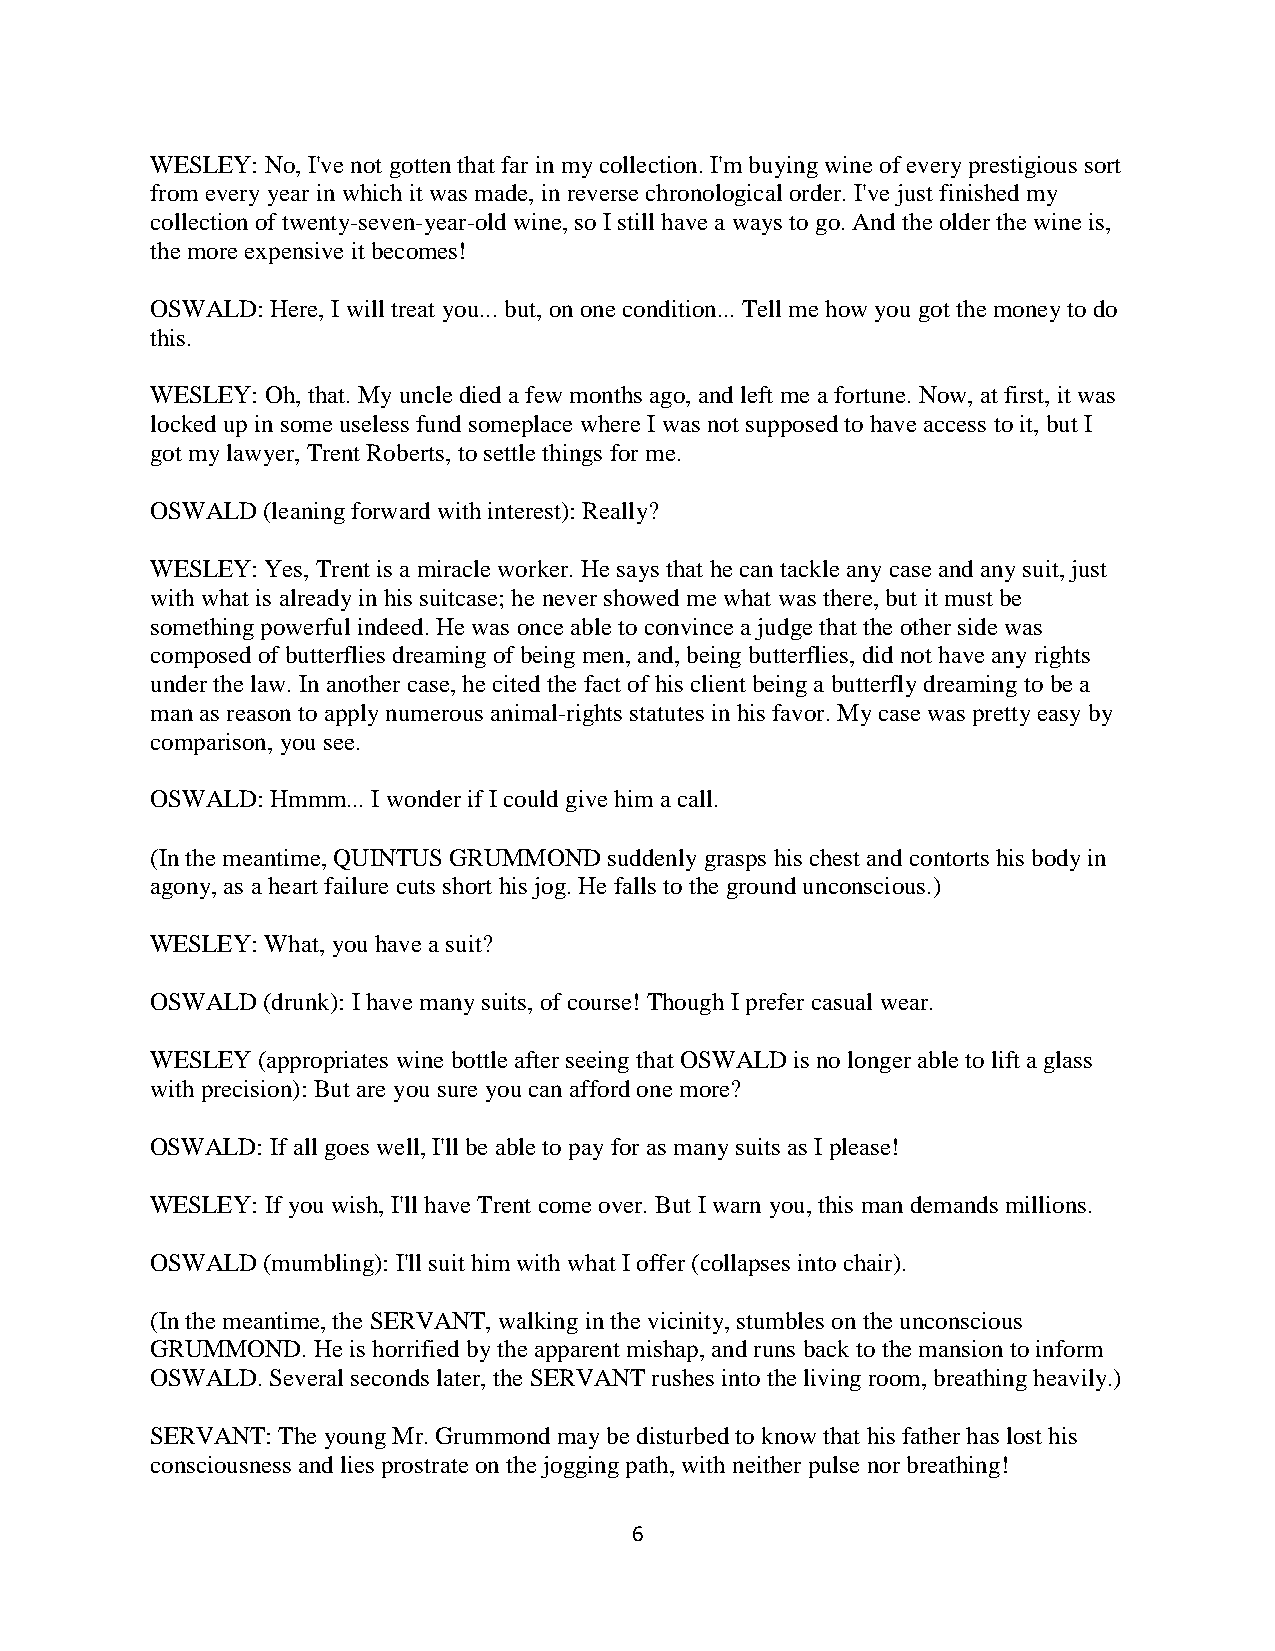
WESLEY: No, I've not gotten that far in my collection. I'm buying wine of every prestigious sort
 from every year in which it was made, in reverse chronological order. I've just finished my
 collection of twenty-seven-year-old wine, so I still have a ways to go. And the older the wine is,
 the more expensive it becomes!
 OSWALD: Here, I will treat you... but, on one condition... Tell me how you got the money to do
 this.
 WESLEY: Oh, that. My uncle died a few months ago, and left me a fortune. Now, at first, it was
 locked up in some useless fund someplace where I was not supposed to have access to it, but I
 got my lawyer, Trent Roberts, to settle things for me.
 OSWALD (leaning forward with interest): Really?
 WESLEY: Yes, Trent is a miracle worker. He says that he can tackle any case and any suit, just
 with what is already in his suitcase; he never showed me what was there, but it must be
 something powerful indeed. He was once able to convince a judge that the other side was
 composed of butterflies dreaming of being men, and, being butterflies, did not have any rights
 under the law. In another case, he cited the fact of his client being a butterfly dreaming to be a
 man as reason to apply numerous animal-rights statutes in his favor. My case was pretty easy by
 comparison, you see.
 OSWALD: Hmmm... I wonder if I could give him a call.
 (In the meantime, QUINTUS GRUMMOND suddenly grasps his chest and contorts his body in
 agony, as a heart failure cuts short his jog. He falls to the ground unconscious.)
 WESLEY: What, you have a suit?
 OSWALD (drunk): I have many suits, of course! Though I prefer casual wear.
 WESLEY (appropriates wine bottle after seeing that OSWALD is no longer able to lift a glass
 with precision): But are you sure you can afford one more?
 OSWALD: If all goes well, I'll be able to pay for as many suits as I please!
 WESLEY: If you wish, I'll have Trent come over. But I warn you, this man demands millions.
 OSWALD (mumbling): I'll suit him with what I offer (collapses into chair).
 (In the meantime, the SERVANT, walking in the vicinity, stumbles on the unconscious
 GRUMMOND.  He is horrified by the apparent mishap, and runs back to the mansion to inform
 OSWALD. Several seconds later, the SERVANT rushes into the living room, breathing heavily.)
 SERVANT: The young Mr. Grummond may be disturbed to know that his father has lost his
 consciousness and lies prostrate on the jogging path, with neither pulse nor breathing!
 6